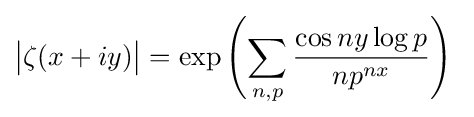
{\big |}\zeta (x+iy){\big |}=\exp \left(\sum _{n,p}{\frac {\cos ny\log p}{np^{nx}}}\right)\;